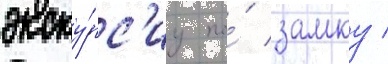
экску́рс'иу по́ замку /